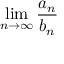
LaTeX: \operatorname* { l i m } _ { n \to \infty } { \frac { a _ { n } } { b _ { n } } }